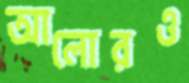
আলোরও